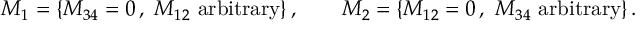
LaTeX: { \cal M } _ { 1 } = \{ M _ { 3 4 } = 0 \, , ~ M _ { 1 2 } \mathrm { ~ a r b i t r a r y } \} \, , \qquad { \cal M } _ { 2 } = \{ M _ { 1 2 } = 0 \, , ~ M _ { 3 4 } \mathrm { ~ a r b i t r a r y } \} \, .